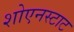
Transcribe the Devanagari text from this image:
शोएनस्टाट